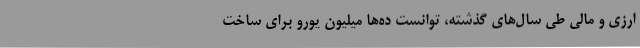
ارزی و مالی طی سال‌های گذشته، توانست ده‌ها میلیون یورو برای ساخت